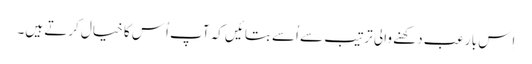
اِس با رعب دِکھنے والی ترتیب سے اُسے بتائیں کہ آپ اُس کا خیال کرتے ہیں۔